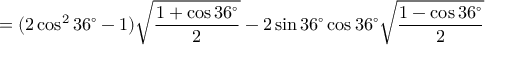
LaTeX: = ( 2 \cos ^ { 2 } 3 6 ^ { \circ } - 1 ) { \sqrt { \frac { 1 + \cos 3 6 ^ { \circ } } { 2 } } } - 2 \sin 3 6 ^ { \circ } \cos 3 6 ^ { \circ } { \sqrt { \frac { 1 - \cos 3 6 ^ { \circ } } { 2 } } }